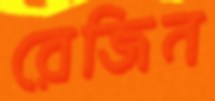
রেজিন